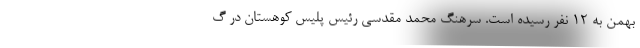
بهمن به ۱۲ نفر رسیده است. سرهنگ محمد مقدسی رئیس پلیس کوهستان در گ